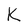
Character: K